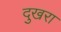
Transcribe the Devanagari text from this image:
दुखरा